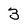
Character: 3